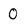
Character: 0